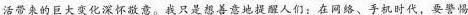
活带来的巨大变化深怀敬意。我只是想善意地提醒人们：在网络、手机时代，要警惕